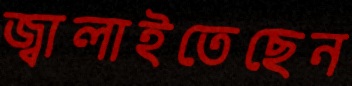
জ্বালাইতেছেন